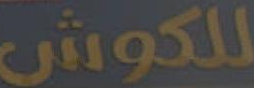
للكوش